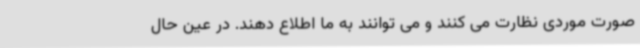
صورت موردی نظارت می کنند و می توانند به ما اطلاع دهند. در عین حال